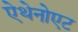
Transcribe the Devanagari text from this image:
ऐथेनोएट